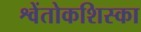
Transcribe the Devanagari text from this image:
श्वेंतोकशिस्का